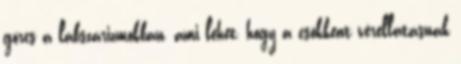
görcs a lábszárizmokban, ami lehet, hogy a csökkent vérellátásnak